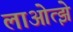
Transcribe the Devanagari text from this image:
लाओत्झे